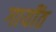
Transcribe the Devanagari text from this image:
गायींत